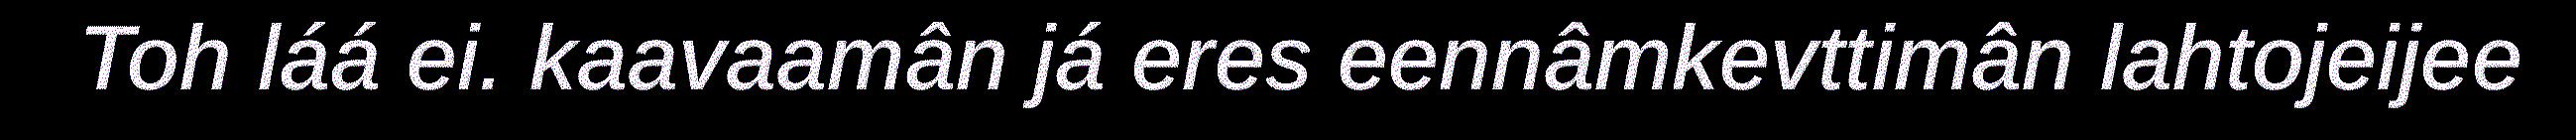
Toh láá ei. kaavaamân já eres eennâmkevttimân lahtojeijee